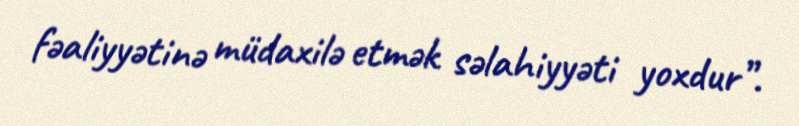
fəaliyyətinə müdaxilə etmək səlahiyyəti yoxdur”.